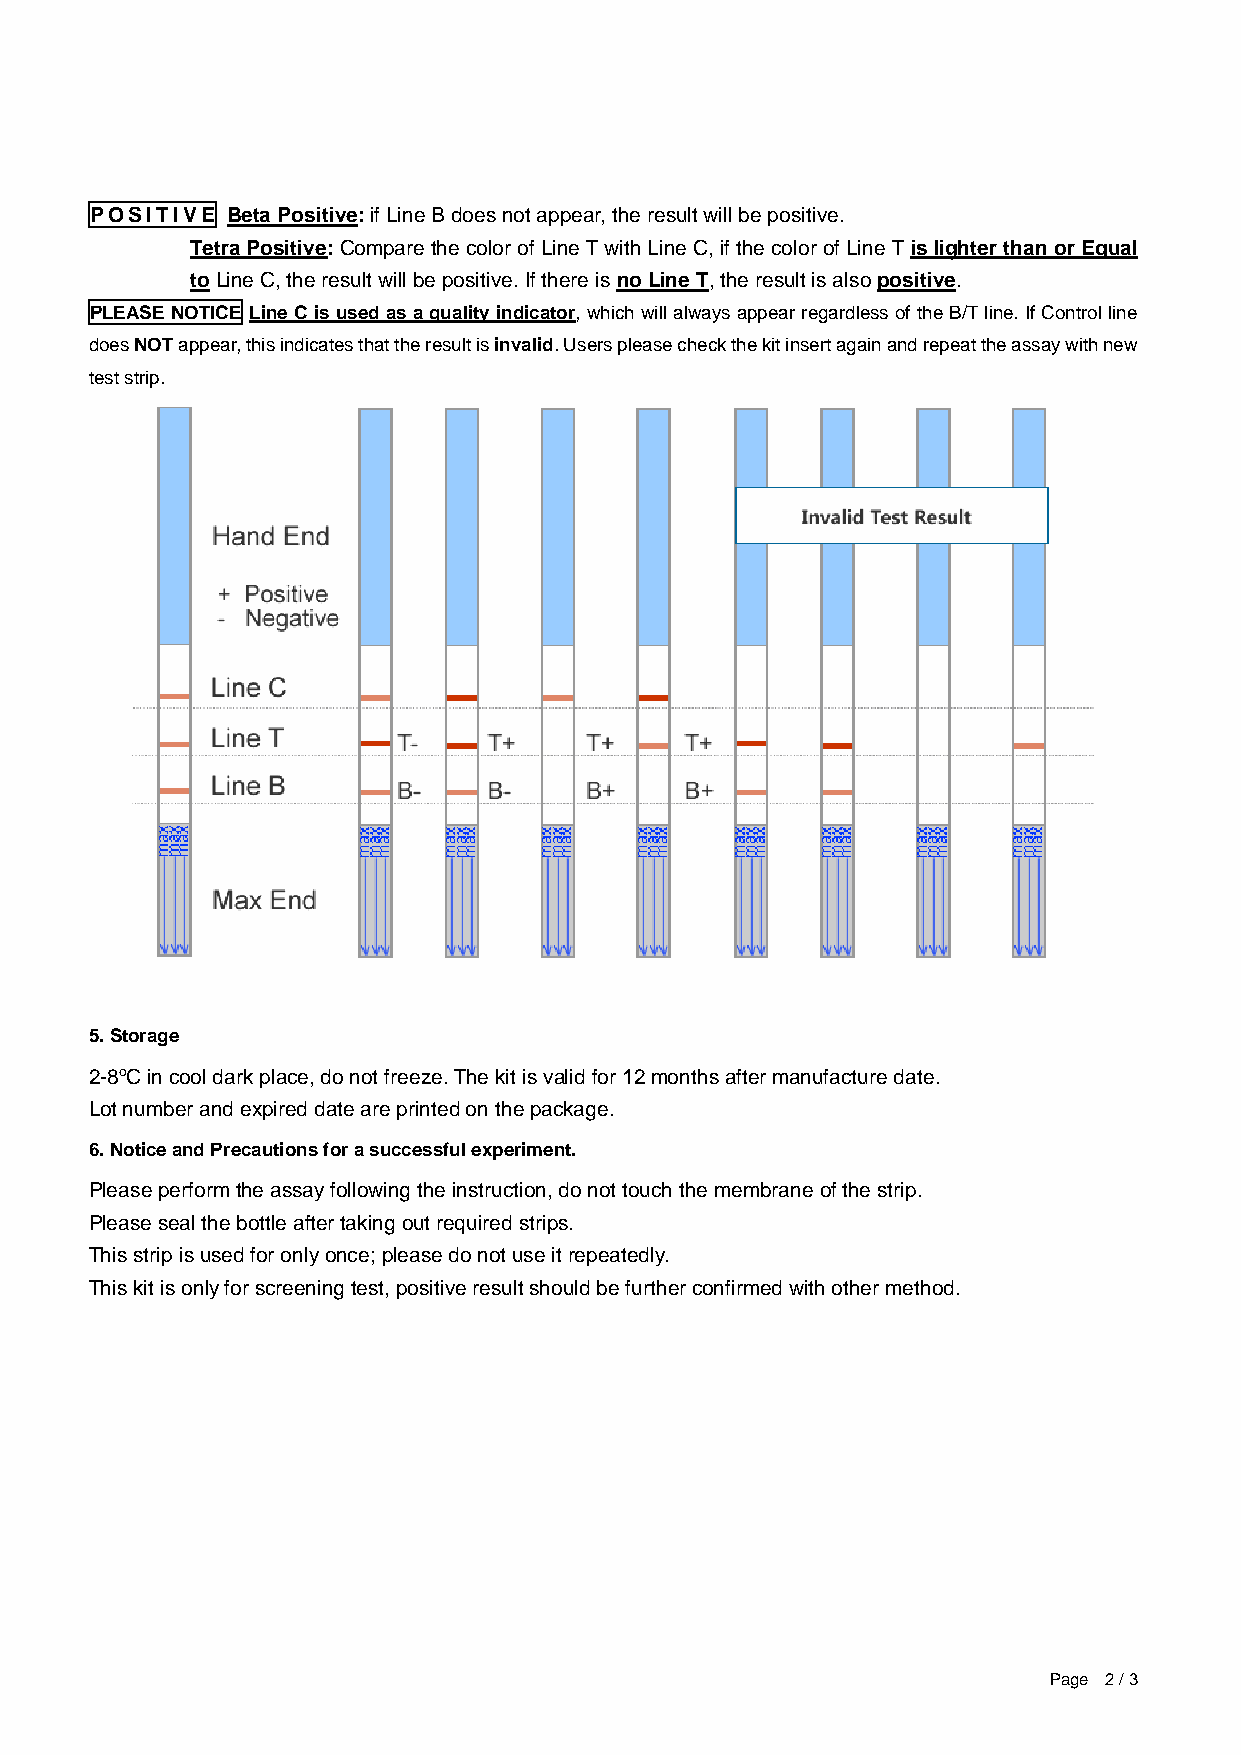
POSITIVE Beta Positive: if Line B does not appear, the result will be positive.
 Tetra Positive: Compare the color of Line T with Line C, if the color of Line T is lighter than or Equal
 to Line C, the result will be positive. If there is no Line T, the result is also positive.
 PLEASE NOTICE Line C is used as a quality indicator, which will always appear regardless of the B/T line. If Control line
 does NOT appear, this indicates that the result is invalid. Users please check the kit insert again and repeat the assay with new
 test strip.
 5. Storage
 2-8oC in cool dark place, do not freeze. The kit is valid for 12 months after manufacture date.
 Lot number and expired date are printed on the package.
 6. Notice and Precautions for a successful experiment.
 Please perform the assay following the instruction, do not touch the membrane of the strip.
 Please seal the bottle after taking out required strips.
 This strip is used for only once; please do not use it repeatedly.
 This kit is only for screening test, positive result should be further confirmed with other method.
 Page 2 / 3